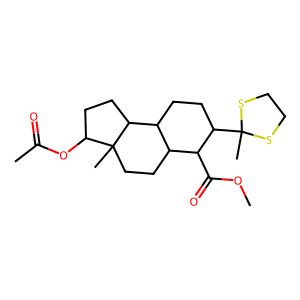
SMILES: COC(=O)C1C2CCC3(C)C(OC(C)=O)CCC3C2CCC1C1(C)SCCS1
Inhibits HIV replication: Yes